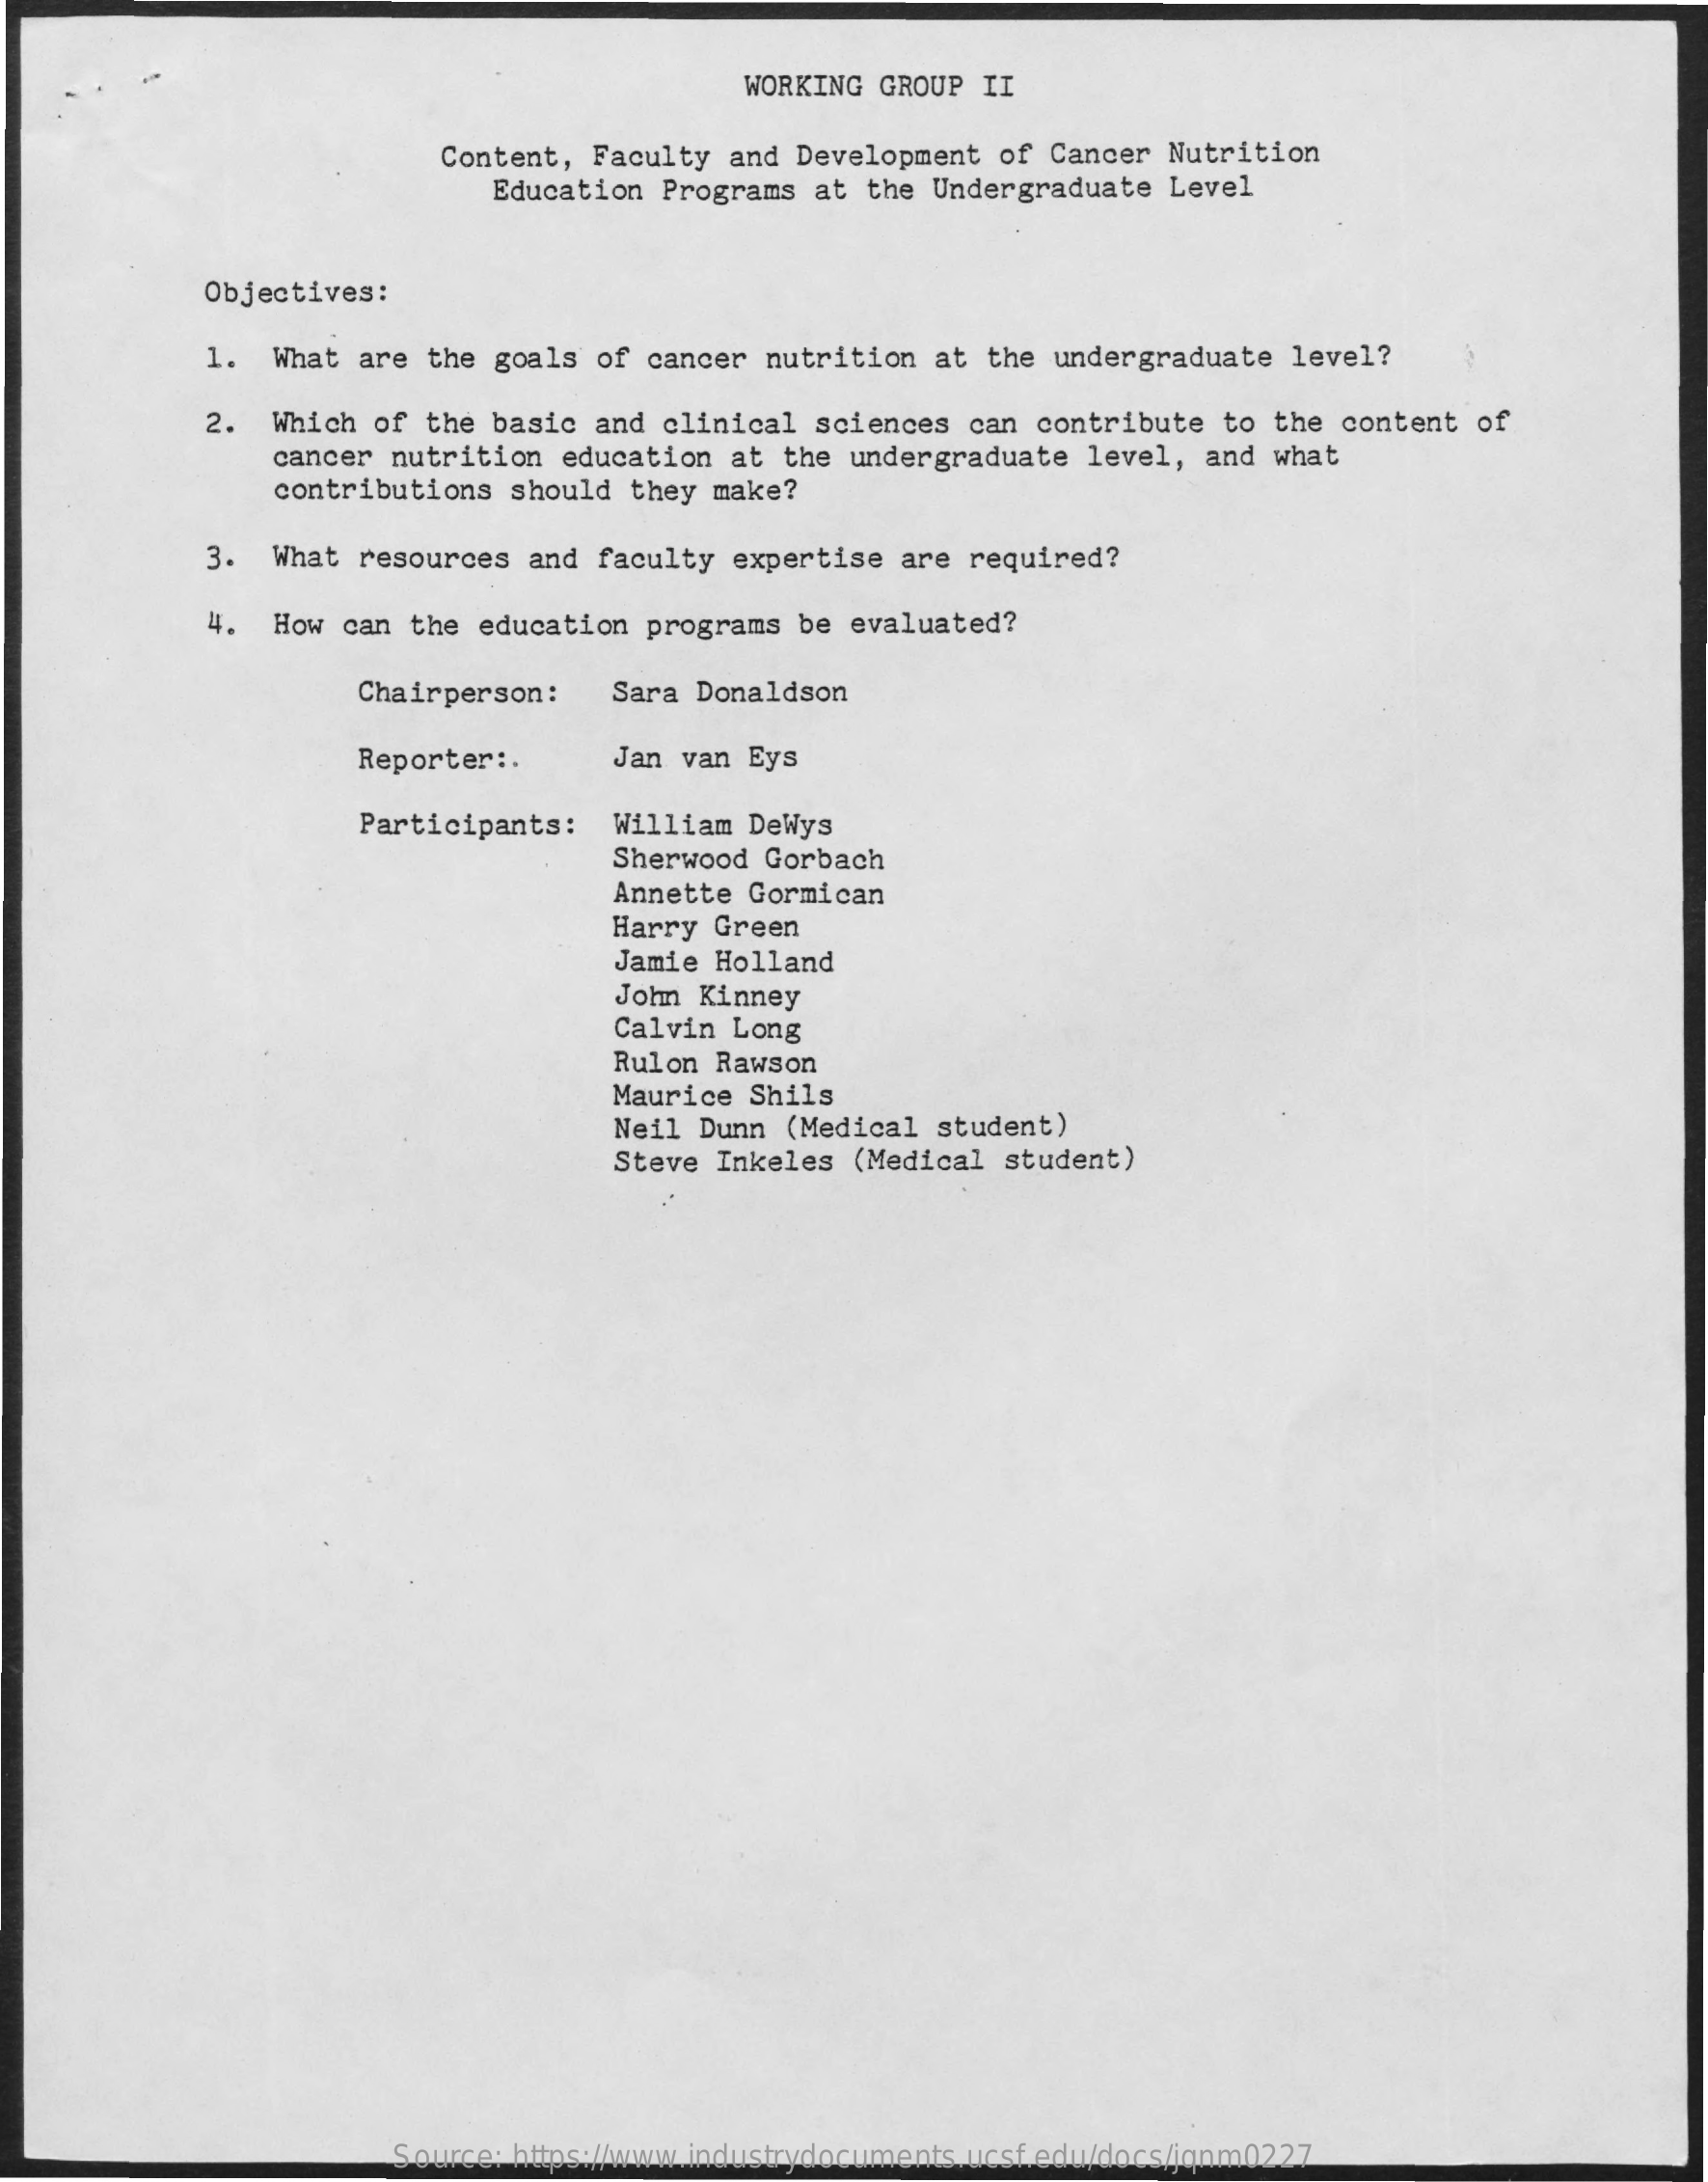
WORKING GROUP II
     Content, Faculty and Development of Cancer Nutrition
     Education Programs at the Undergraduate Level
     Objectives:
     1. What are the goals of cancer nutrition at the undergraduate level?
     2. Which of the basic and clinical sciences can contribute to the content of
     cancer nutrition education at the undergraduate level, and what
     contributions should they make?
     3. What resources and faculty expertise are required?
     4. How can the education programs be evaluated?
     Chairperson: Sara Donaldson
     Reporter :. Jan van Eys
     Participants: William DeWys
     Sherwood Gorbach
     Annette Gormican
     Harry Green
     Jamie Holland
     John Kinney
     Calvin Long
     Rulon Rawson
     Maurice Shils
     Neil Dunn (Medical student)
     Steve Inkeles (Medical student)
     Source: https://www.industrydocuments.ucsf.edu/docs/jqnm0227